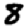
Digit: 8